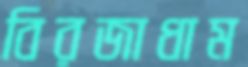
বিরজাধাম